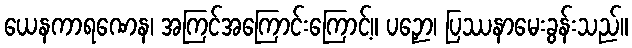
ယေနကာရဏေန၊ အကြင်အကြောင်းကြောင့်။ ပဉှော၊ ပြဿနာမေးခွန်းသည်။